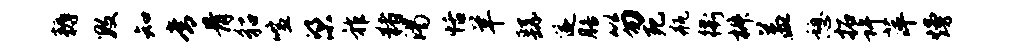
耨数知常骨貂喧梁祚猪渴恬羊繇遂膳笏死瓶衢椒益憩拓许萍熳